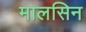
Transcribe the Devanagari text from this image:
मालसिन